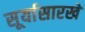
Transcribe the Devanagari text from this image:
सूर्यासारखे